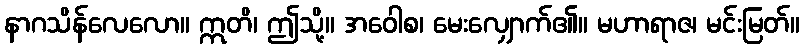
နာဂသိန်လေလော။ ဣတိ၊ ဤသို့။ အဝေါစ၊ မေးလျှောက်၏။ မဟာရာဇ၊ မင်းမြတ်။